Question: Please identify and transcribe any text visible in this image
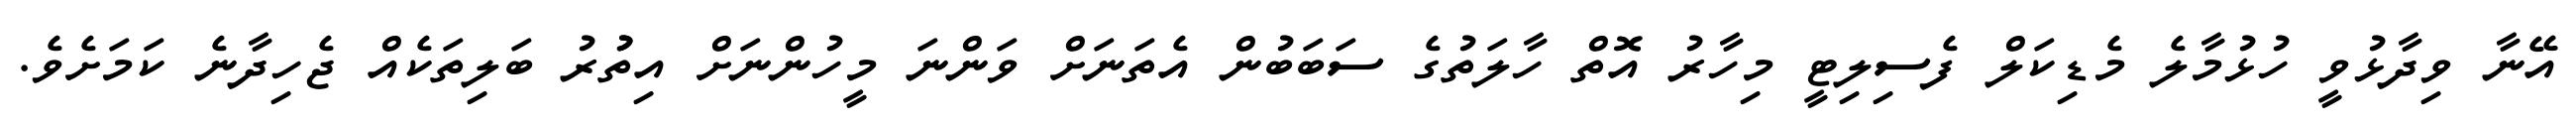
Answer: އޭނާ ވިދާޅުވީ ހުޅުމާލެ މެޑިކަލް ފެސިލިޓީ މިހާރު އޮތް ހާލަތުގެ ސަބަބުން އެތަނަށް ވަންނަ މީހުންނަށް އިތުުރު ބަލިތަކެއް ޖެހިދާނެ ކަމަށެވެ.